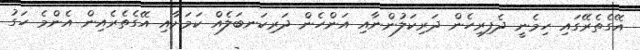
އޭގެތެރޭގައި ހިމެނީ ދެފިރިހެން ދަރިކަލުންނާއި އަންހެން ދަރިކަނބަލެއް ކަމަށާއި އޭގެތެރެއިން އެންމެ ހަގު